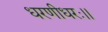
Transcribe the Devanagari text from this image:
धरणीधरः।।